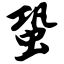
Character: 蛩